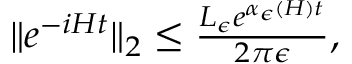
\begin{array} { r } { \| e ^ { - i H t } \| _ { 2 } \le \frac { L _ { \epsilon } e ^ { \alpha _ { \epsilon } ( H ) t } } { 2 \pi \epsilon } , } \end{array}